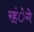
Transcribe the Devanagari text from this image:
रहंेगे